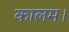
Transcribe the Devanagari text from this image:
कालम।